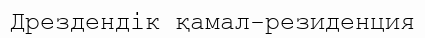
Дрездендік қамал-резиденция